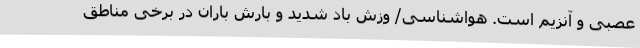
عصبی و آنزیم است. هواشناسی/ وزش باد شدید و بارش باران در برخی مناطق